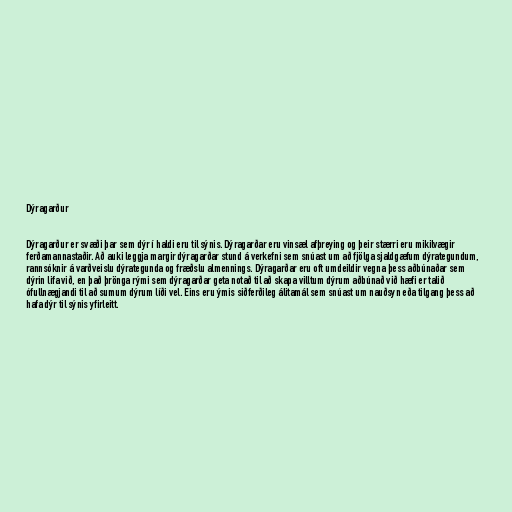
Dýragarður

Dýragarður er svæði þar sem dýr í haldi eru til sýnis. Dýragarðar eru vinsæl afþreying og þeir stærri eru mikilvægir
ferðamannastaðir. Að auki leggja margir dýragarðar stund á verkefni sem snúast um að fjölga sjaldgæfum dýrategundum,
rannsóknir á varðveislu dýrategunda og fræðslu almennings. Dýragarðar eru oft umdeildir vegna þess aðbúnaðar sem
dýrin lifa við, en það þrönga rými sem dýragarðar geta notað til að skapa villtum dýrum aðbúnað við hæfi er talið
ófullnægjandi til að sumum dýrum líði vel. Eins eru ýmis siðferðileg álitamál sem snúast um nauðsyn eða tilgang þess að
hafa dýr til sýnis yfirleitt.